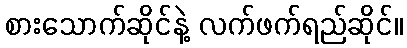
စားသောက်ဆိုင်နဲ့ လက်ဖက်ရည်ဆိုင်။